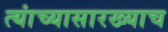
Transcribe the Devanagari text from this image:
त्यांच्यासारख्याच